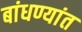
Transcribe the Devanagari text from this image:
बांधण्यांत